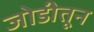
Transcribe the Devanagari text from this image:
जोडीतून